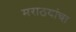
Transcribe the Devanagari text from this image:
मराठयांचा